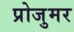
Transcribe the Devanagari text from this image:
प्रोजुमर